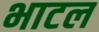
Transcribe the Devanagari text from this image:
भाटल